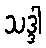
သဒ္ဒါ